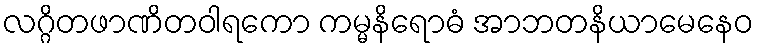
လဂ္ဂိတဖာဏိတဝါရကော ကမ္မနိရောဓံ အာဘတနိယာမေနေဝ